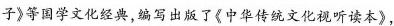
子》等国学文化经典，编写出版了《中华传统文化视听读本》，